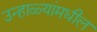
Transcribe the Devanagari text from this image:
उन्हाळ्यांमधील